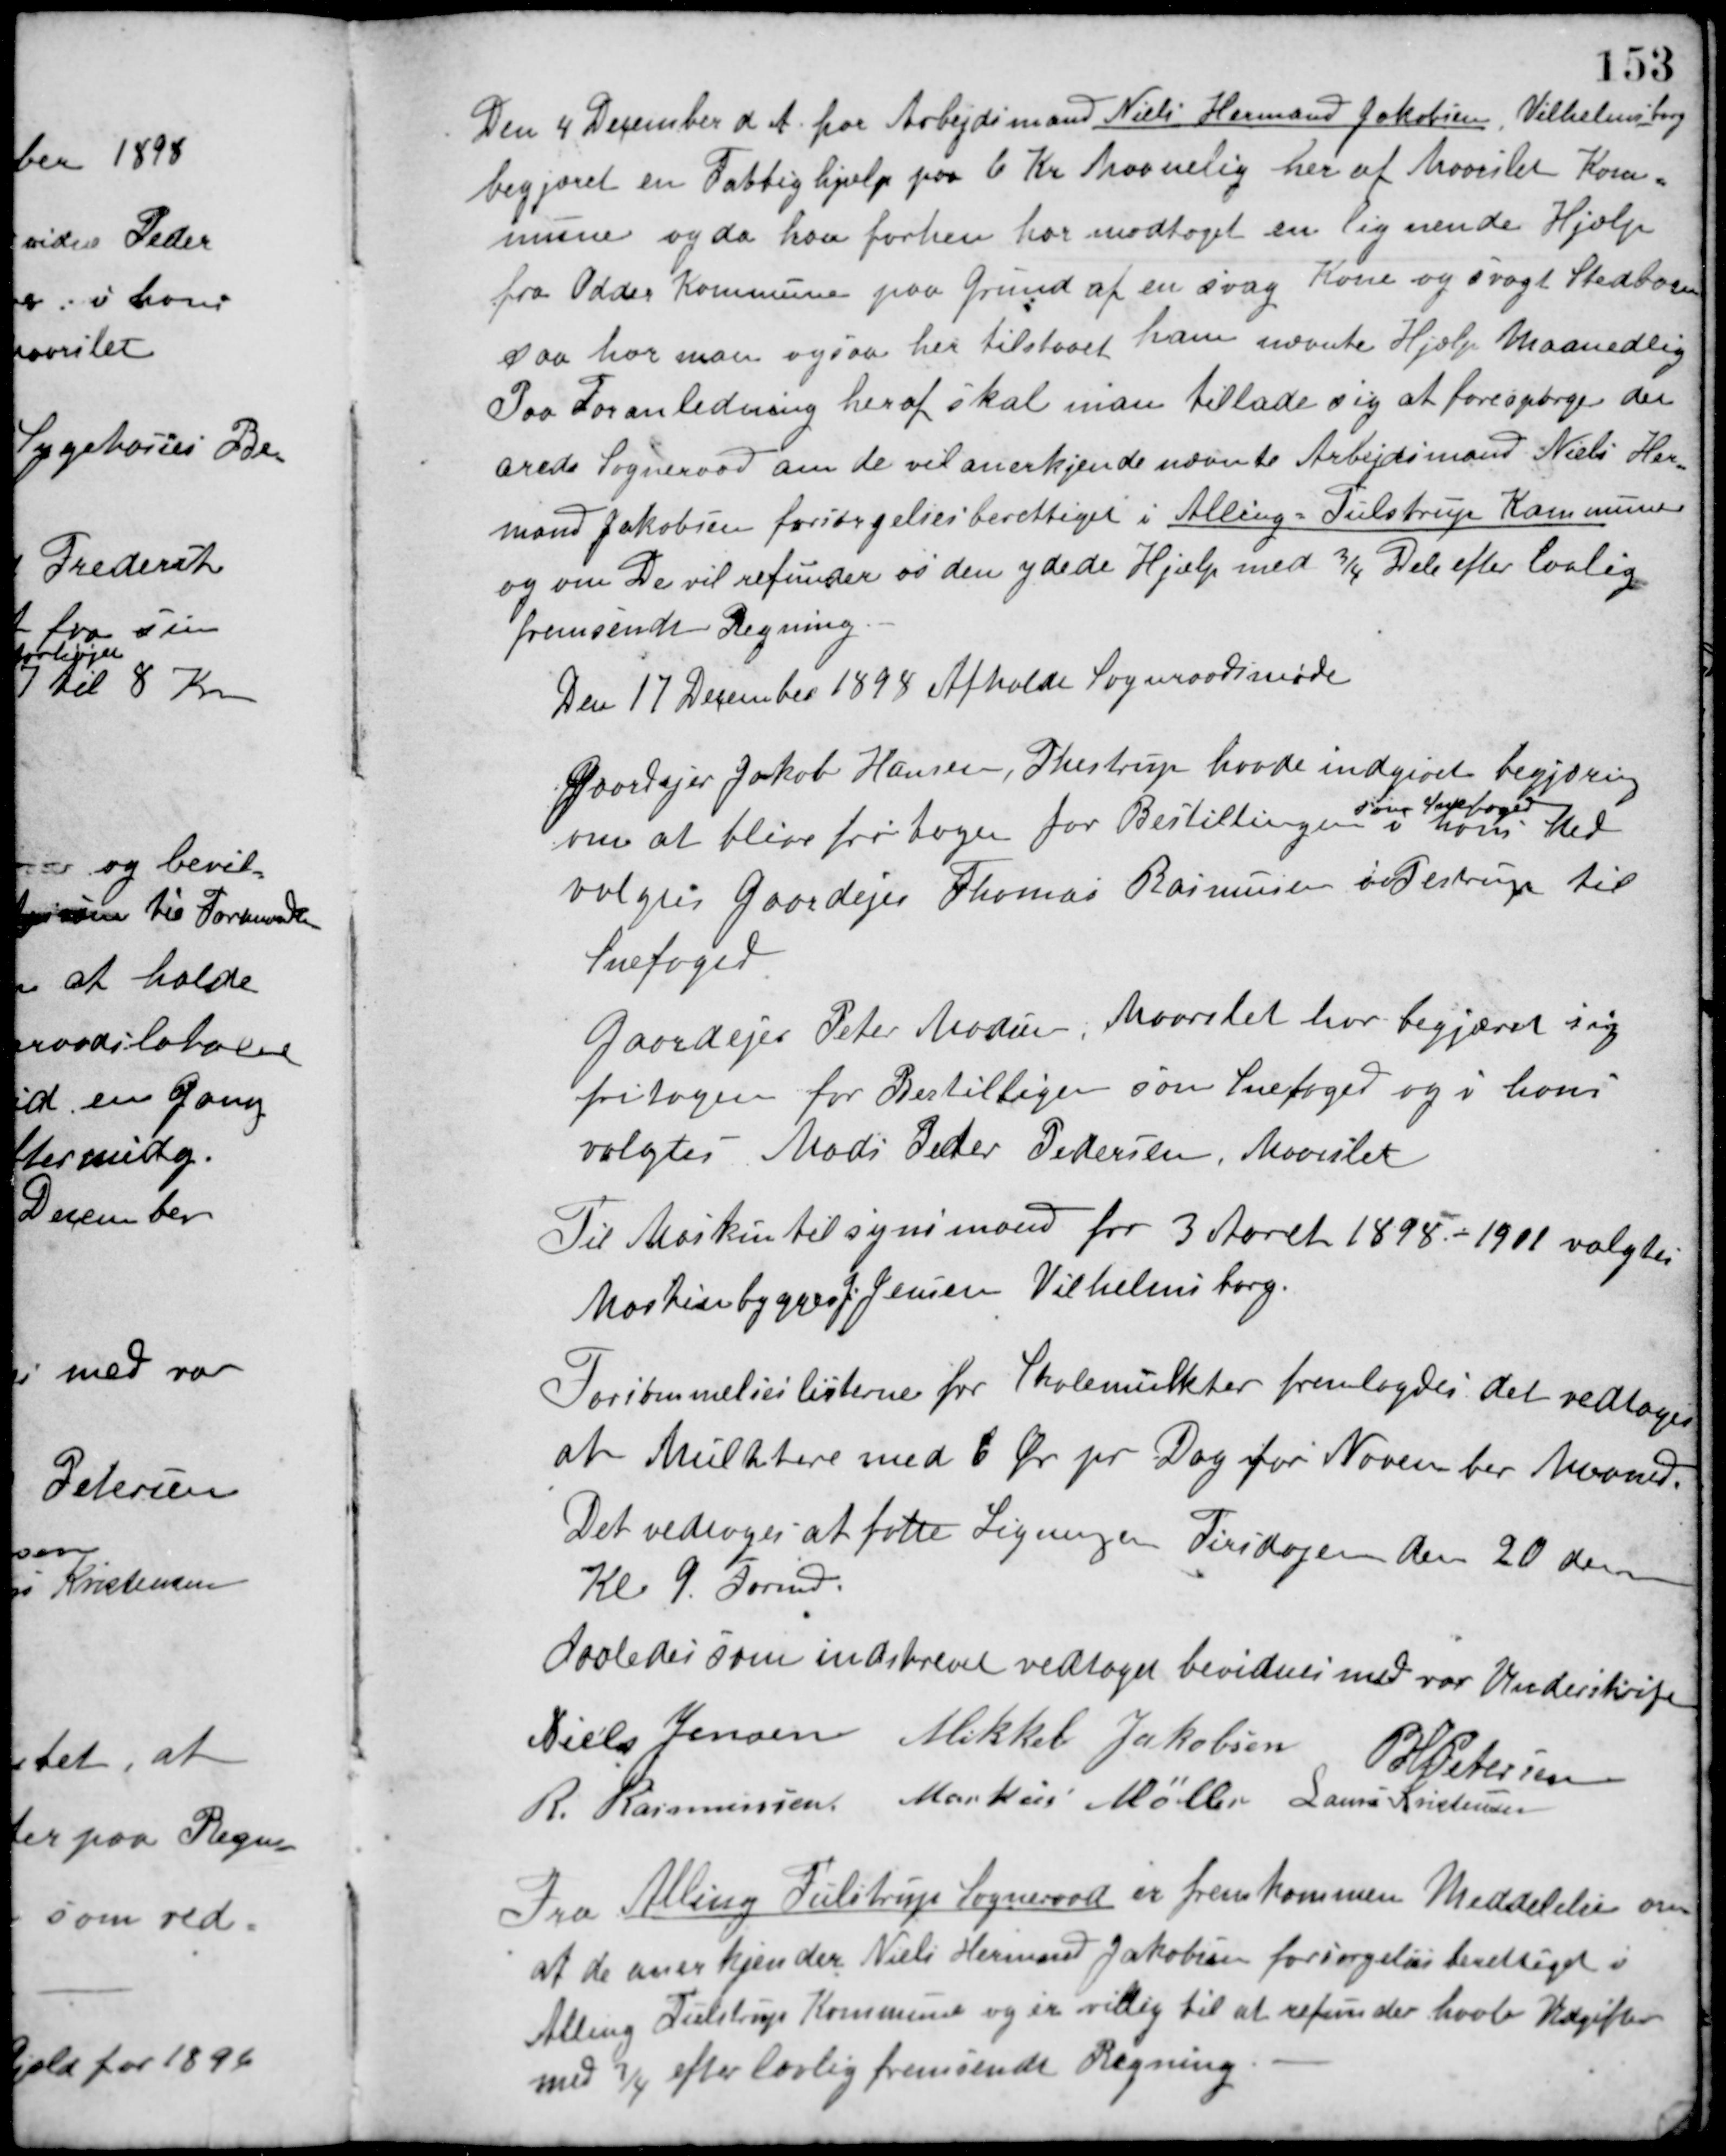
Transskription:
Den 4 December d. A. har Arbejdsmand Niels Hermand Jakobsen, Vilhelmsborg
begjæret en Fattighjælp paa 6 Kr. Maanedlig her af Maarslet Kom-
mune og da han forhen har modtaget en lignende Hjælp
fra Odder Kommune paa Grund af en svag Kone og svagt Stedbarn
saa har man ogsaa her tilstaaet ham nævnte Hjælp Maanedlig.
Paa Foranledning heraf skal man tillade sig at forespørge det
ærede Sogneraad om de vil anerkjende nævnte Arbejdsmand Niels Her-
mand Jakobsen forsørgelsesberettiget i Alling-Tulstrup Kommune
og om De vil refundere os den ydede Hjælp med 3/4 Dele efter lovlig
fremsendt Regning.
Den 17 December 1898 Afholdt Sogneraadsmøde
Gaardejer Jakob Hansen, Thestrup havde indgivet begjæring
om at blive fritagen for Bestillingen
som Snefoged
i hans Sted
valgtes Gaardejer Thomas Rasmussen i Testrup til
Snefoged
Gaardejer Peter Madsen, Maarslet har begjæret sig
fritagen for Bestilligen som Snefoged og i hans
valgtes Mads Peder Pedersen, Maarslet.
Til Maskintilsynsmand for 3 Aaret 1898. - 1901 valgtes
Maskinbygger J. Jensen Vilhelmsborg.
Forsømmelseslisterne for Skolemulkter fremlagdes det vedtoges
at Mulktere med 6 Øre pr Dag for November Maaned.
Det vedtoges at fatte Ligningen Tirsdagen den 20 dennes
Kl. 9. Formd.
Saaledes som indskrevet vedtaget bevidnes med vor Underskrift
Niels Jensen Mikkel Jakobsen P. H. Petersen
R. Rasmusssen Markus Møller Laurs Kristensen
Fra Alling Tulstrup Sogneraad er fremkommen Meddelelse om
at de anerkjender Niels Hermand Jakobsen forsørgelsesberettiget i
Alling Tulstrup Kommune og er villig til at refunder havte Udgifter
med 3/4 efter lovlig fremsende Regning.